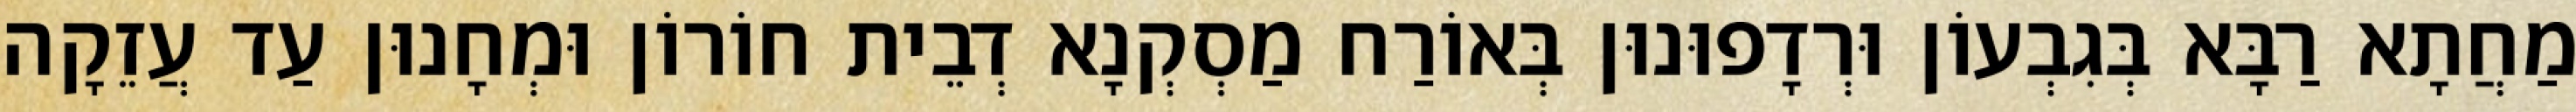
מַחֲתָא רַבָּא בְּגִבְעוֹן וּרְדָפוּנוּן בְּאוֹרַח מַסְקְנָא דְבֵית חוֹרוֹן וּמְחָנוּן עַד עֲזֵקָה